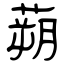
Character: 蒴